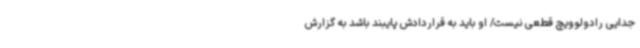
جدایی رادولوویچ قطعی نیست/ او باید به قراردادش پایبند باشد به گزارش